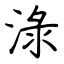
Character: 淥